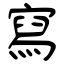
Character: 寫